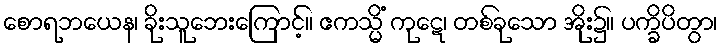
စောရဘယေန၊ ခိုးသူဘေးကြောင့်။ ဧကသ္မိံ ကုဋေ၊ တစ်ခုသော အိုး၌။ ပက္ခိပိတွာ၊